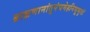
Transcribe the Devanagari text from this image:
ब्राह्मणानांतुपंचमेहनिभूभृतां